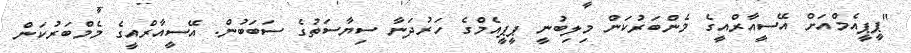
"ޕީޕީއެމްއަށް އޭސީއާރްއީގެ މެންބަރުކަން މިލިބުނީ ޕީޕީއެމްގެ ހަރުދަނާ ސިޔާސަތުގެ ސަބަބުން. އޭސީއާރްއީގެ މެމްބަރުކަން